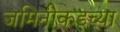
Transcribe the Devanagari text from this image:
जमिनीकडच्या